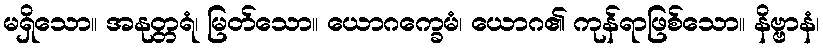
မရှိသော။ အနုတ္တရံ၊ မြတ်သော။ ယောဂက္ခေမံ၊ ယောဂ၏ ကုန်ရာဖြစ်သော။ နိဗ္ဗာနံ၊